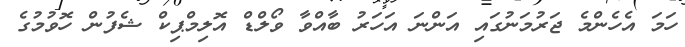
ހަމަ އެހެންމެ ޖަރުމަނުގައި އަންނަ އަހަރު ބާއްވާ ވޯލްޑް އޮލިމްޕިކް ޝެފުން ހޮވުމުގެ